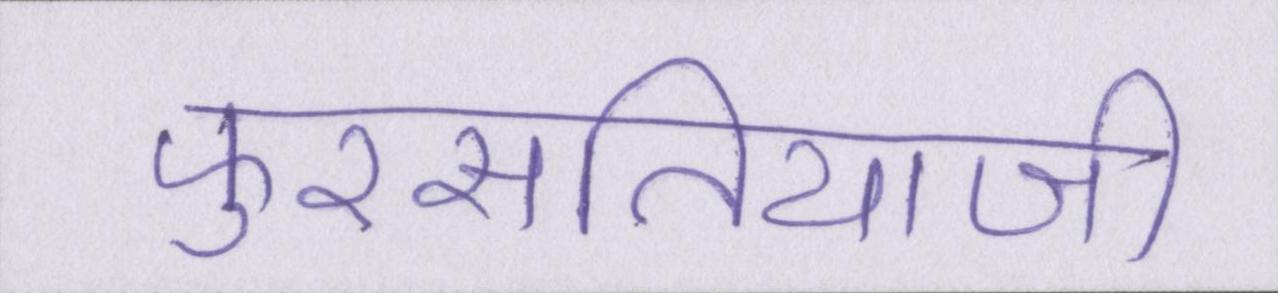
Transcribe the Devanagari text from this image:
फुरसतियाजी